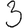
Digit: 3